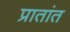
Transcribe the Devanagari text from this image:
प्रातांत